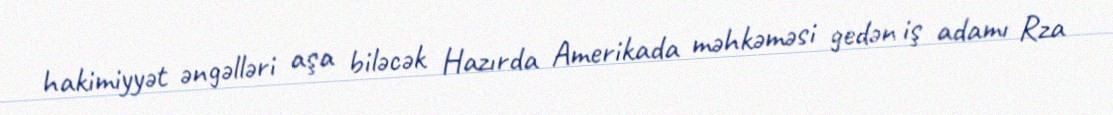
hakimiyyət əngəlləri aşa biləcək Hazırda Amerikada məhkəməsi gedən iş adamı Rza